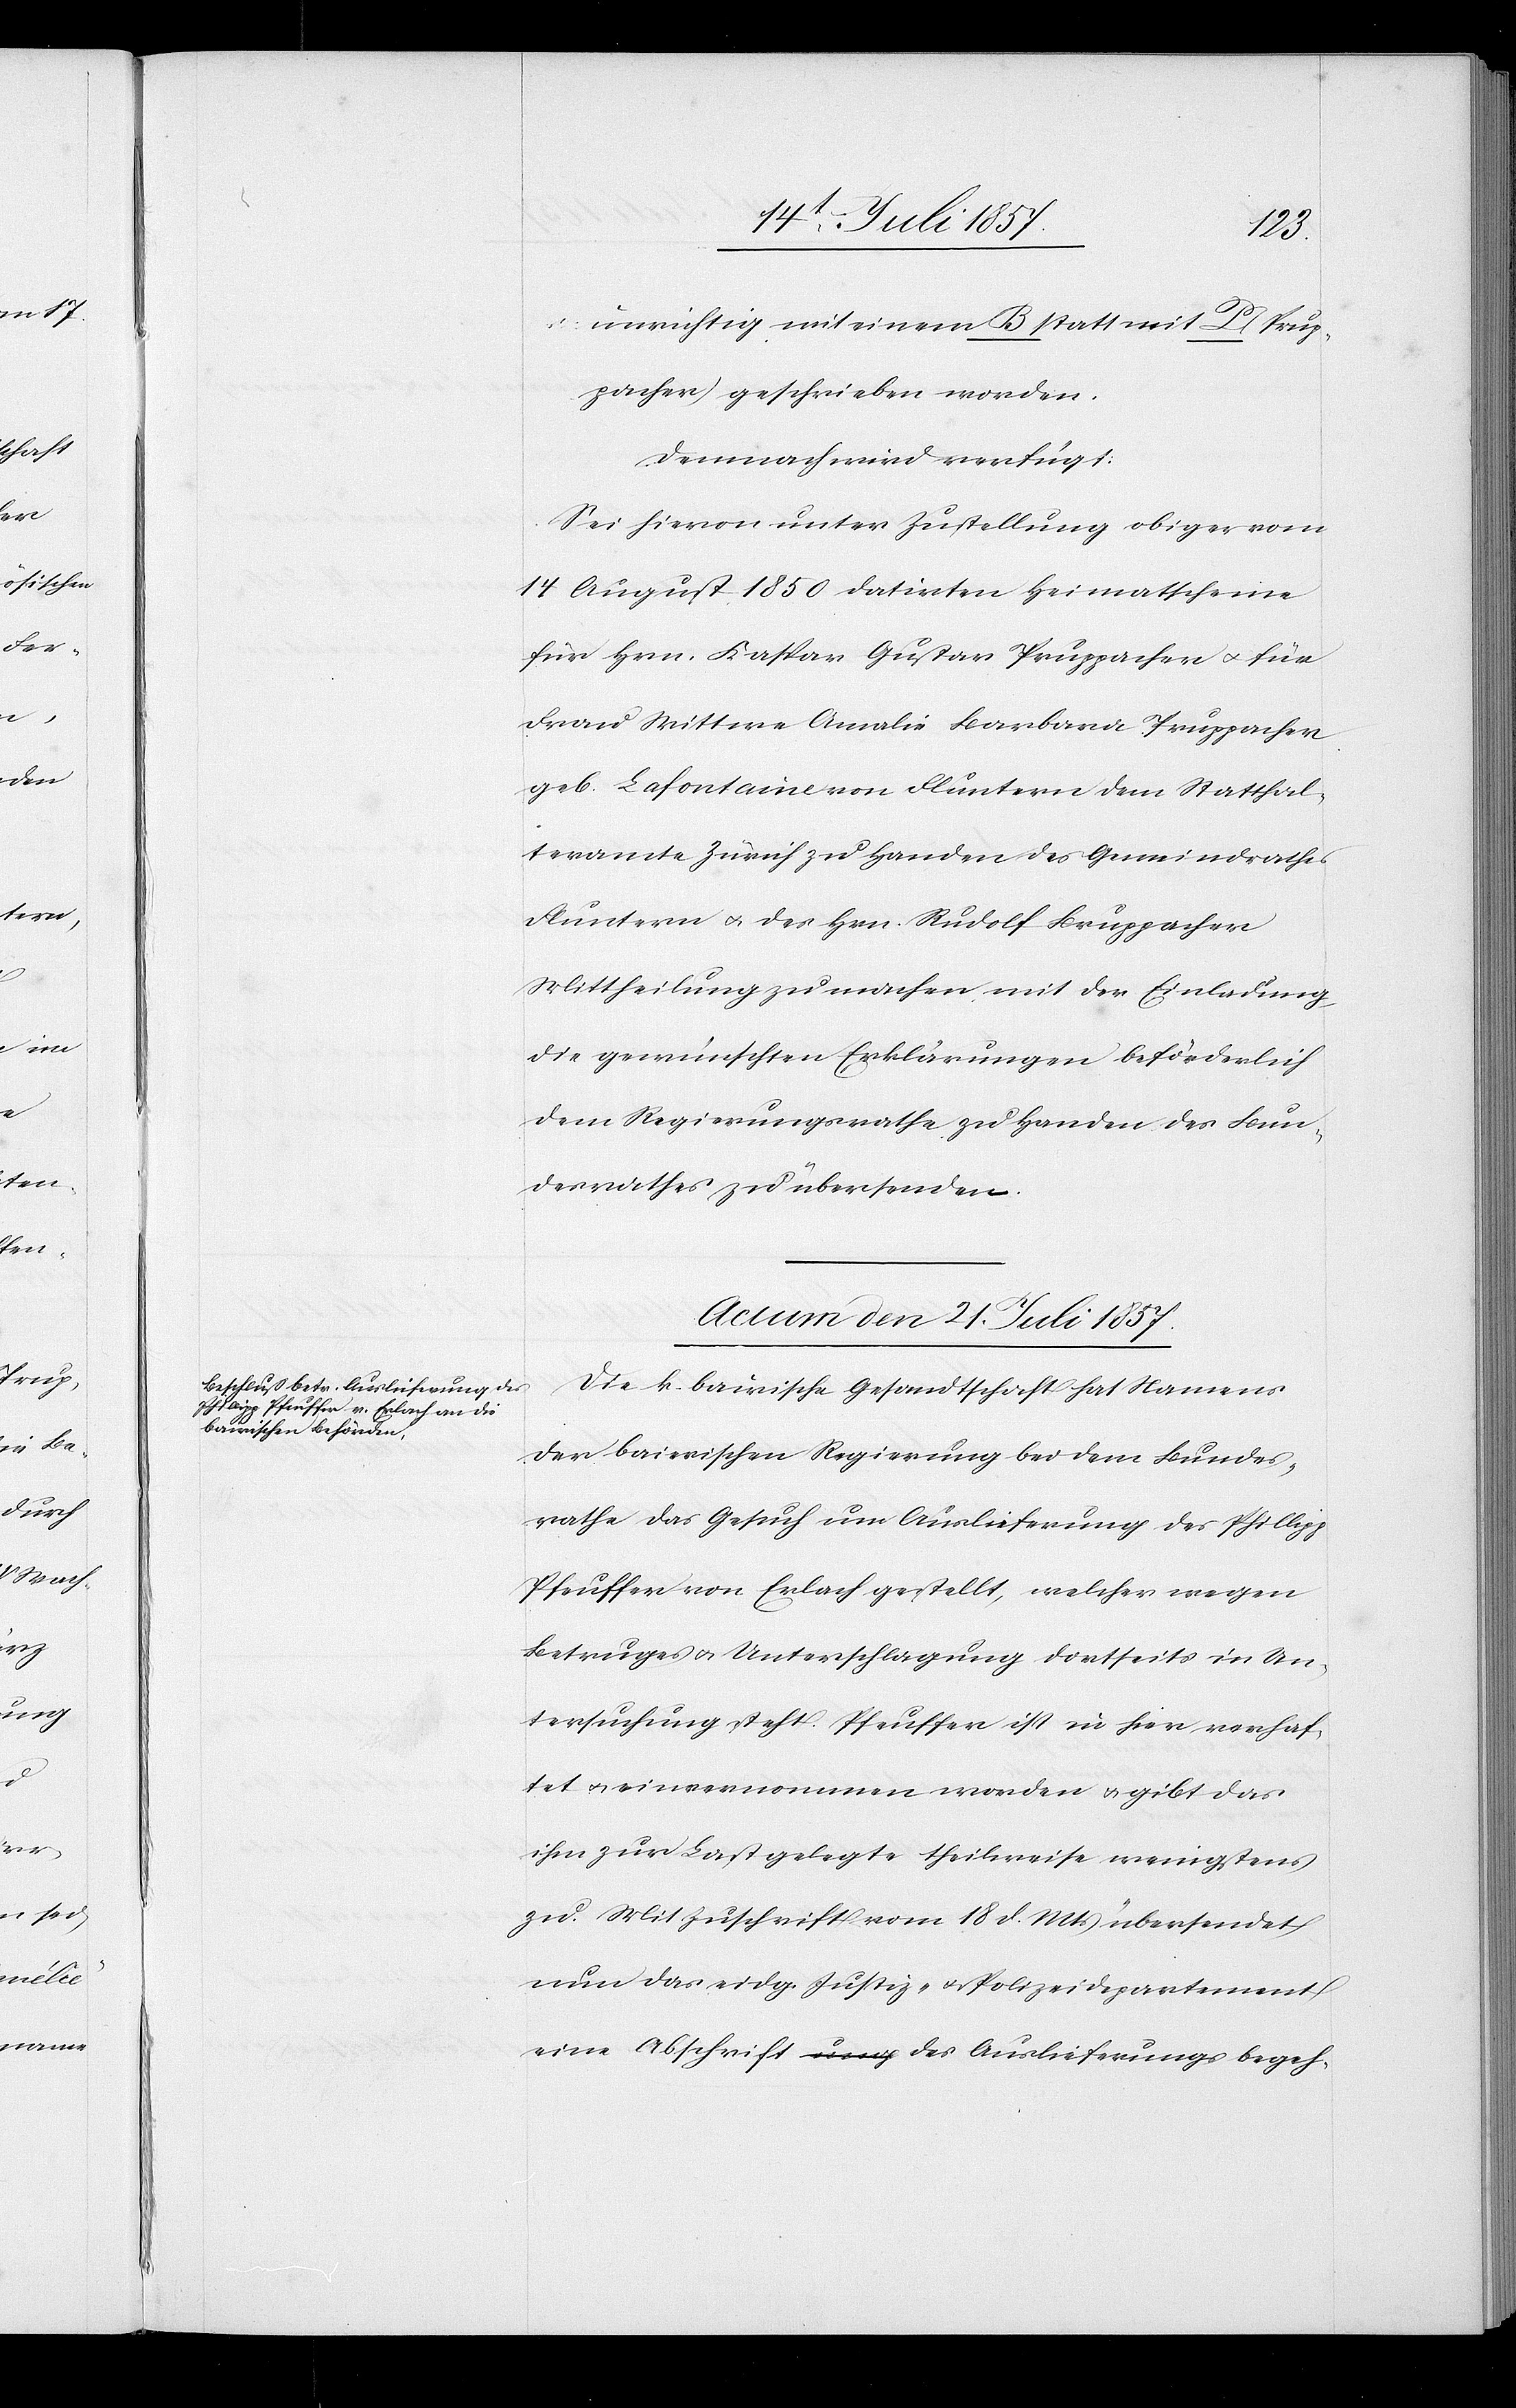
unrichtig mit einem B statt mit P (Prup¬
pacher) geschrieben worden.
Demnach wird verfügt:
Sei hievon unter Zustellung obiger vom
14 August 1850 datirten Heimatscheine
für Hrn. Kaspar Gustav Pruppacher & für
Frau Wittwe Amalie Barbara Pruppacher
geb. Lafontaine von Fluntern dem Statthal¬
teramte Zürich zu Handen des Gemeindrathes
Fluntern & des Hrn. Rudolf Bruppacher
Mittheilung zu machen mit der Einladung
die gewünschten Erklärungen beförderlich
dem Regierungsrathe zu Handen des Bun¬
desrathes zu überweisen.
Actum den 21t Juli 1857.
Die k. bairische Gesandtschaft hat Namens
der baierischen Regierung bei dem Bundes¬
rathe das Gesuch um Auslieferung des Philipp
Pfeuffer von Erlach gestellt, welcher wegen
Betruges & Unterschlagung dortseits in Un¬
tersuchung steht. Pfeuffer ist in hier verhaf¬
tet & einvernommen worden & gibt das
ihm zur Last gelegte theilweise wenigstens
zu. Mit Zuschrift vom 18 d. Mts. übersendet
nun das eidg. Justiz- & Polizeidepartement
eine Abschrift des Auslieferungsbegeh-